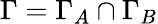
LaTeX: \Gamma=\Gamma_{A}\cap\Gamma_{B}